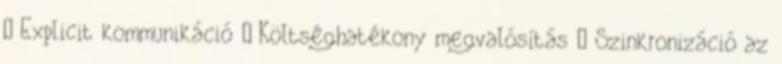
– Explicit kommunikáció ● Költséghatékony megvalósítás – Szinkronizáció az